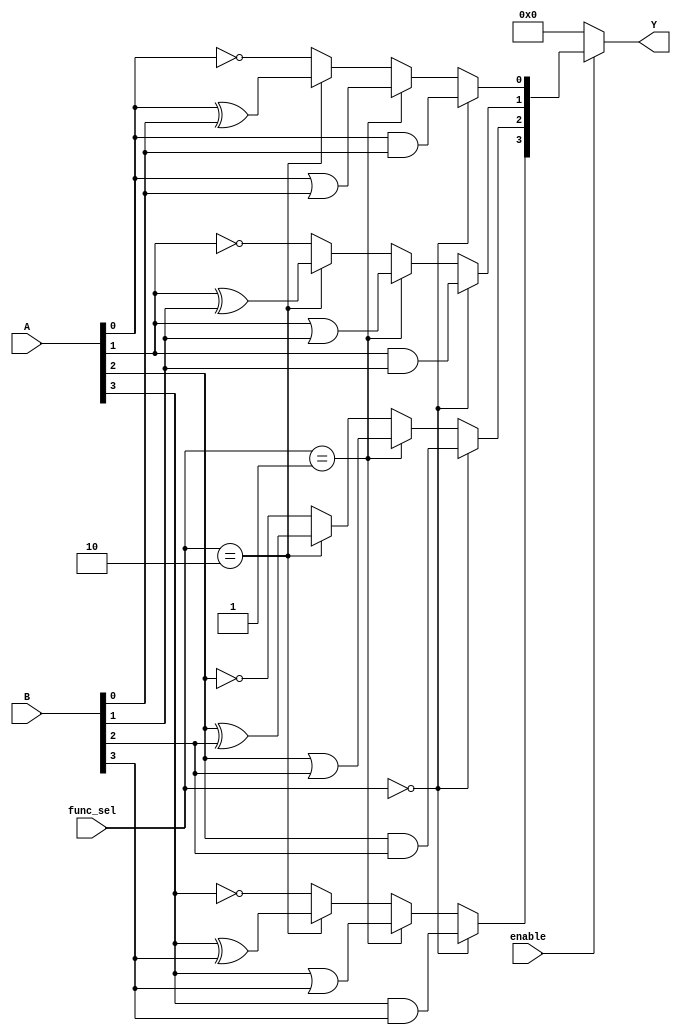
module combinational_logic_block (
    input wire [3:0] A,          // 4-bit input signal
    input wire [3:0] B,          // 4-bit input signal
    input wire [1:0] func_sel,   // Function select
    input wire enable,           // Enable signal
    output reg [3:0] Y           // 4-bit output signal
);

// Function Select Definitions
localparam FUNC_AND = 2'b00;
localparam FUNC_OR  = 2'b01;
localparam FUNC_XOR = 2'b10;
localparam FUNC_NOT = 2'b11;

// Internal wire for outputs from LUTs
wire [3:0] lut_out;

// LUTs implementation
assign lut_out[0] = (func_sel == FUNC_AND) ? (A[0] & B[0]) :
                    (func_sel == FUNC_OR)  ? (A[0] | B[0]) : 
                    (func_sel == FUNC_XOR) ? (A[0] ^ B[0]) : 
                    ~A[0]; // FUNC_NOT

assign lut_out[1] = (func_sel == FUNC_AND) ? (A[1] & B[1]) :
                    (func_sel == FUNC_OR)  ? (A[1] | B[1]) : 
                    (func_sel == FUNC_XOR) ? (A[1] ^ B[1]) : 
                    ~A[1]; // FUNC_NOT

assign lut_out[2] = (func_sel == FUNC_AND) ? (A[2] & B[2]) :
                    (func_sel == FUNC_OR)  ? (A[2] | B[2]) : 
                    (func_sel == FUNC_XOR) ? (A[2] ^ B[2]) : 
                    ~A[2]; // FUNC_NOT

assign lut_out[3] = (func_sel == FUNC_AND) ? (A[3] & B[3]) :
                    (func_sel == FUNC_OR)  ? (A[3] | B[3]) : 
                    (func_sel == FUNC_XOR) ? (A[3] ^ B[3]) : 
                    ~A[3]; // FUNC_NOT

// Output Logic with Enable Signal
always @(*) begin
    if (enable) begin
        Y = lut_out; // Output the results of LUTs when enabled
    end else begin
        Y = 4'b0000; // Output zero when not enabled
    end
end

endmodule